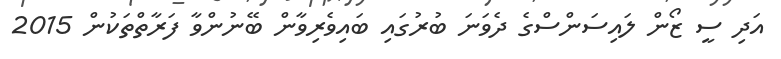
އަދި ސީ ޒޯން ލައިސަންސްގެ ދެވަނަ ބުރުގައި ބައިވެރިވާން ބޭނުންވާ ފަރާތްތަކުން 2015